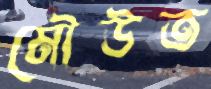
মৌউত